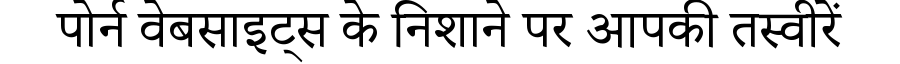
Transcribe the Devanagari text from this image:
पोर्न वेबसाइट्स के निशाने पर आपकी तस्वीरें